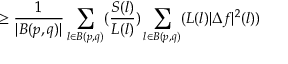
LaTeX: \geq \frac { 1 } { | B ( p , q ) | } \sum _ { l \in B ( p , q ) } ( \frac { S ( l ) } { L ( l ) } ) \sum _ { l \in B ( p , q ) } ( L ( l ) | \Delta f | ^ { 2 } ( l ) )